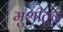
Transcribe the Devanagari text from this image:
मुशीतून